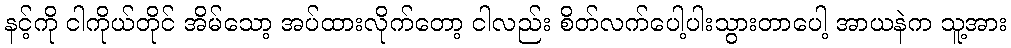
နင့်ကို ငါကိုယ်တိုင် အိမ်သော့ အပ်ထားလိုက်တော့ ငါလည်း စိတ်လက်ပေါ့ပါးသွားတာပေါ့ အာယနဲက သူ့အား